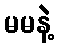
မမနဲ့